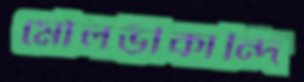
মৌলভীকান্দি